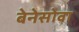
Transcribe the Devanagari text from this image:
बेनेसोवा